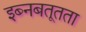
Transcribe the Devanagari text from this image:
इब्नबतूतता